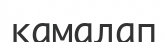
қамалап